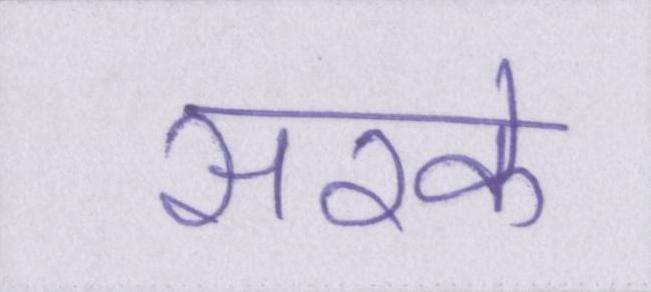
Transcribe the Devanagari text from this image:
सरके